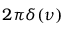
2 \pi \delta ( \nu )